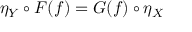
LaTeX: \eta _ { Y } \circ F ( f ) = G ( f ) \circ \eta _ { X }